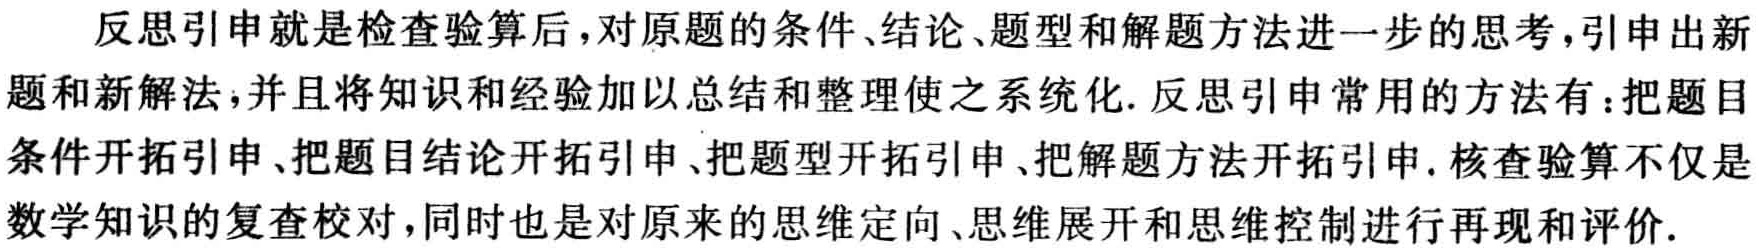
反思引申就是检查验算后，对原题的条件、结论、题型和解题方法进一步的思考，引申出新题和新解法，并且将知识和经验加以总结和整理使之系统化. 反思引申常用的方法有：把题目条件开拓引申、把题目结论开拓引申、把题型开拓引申、把解题方法开拓引申. 核查验算不仅是数学知识的复查校对，同时也是对原来的思维定向、思维展开和思维控制进行再现和评价.